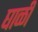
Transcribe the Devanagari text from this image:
घाळी